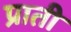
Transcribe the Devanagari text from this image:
प्राती